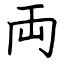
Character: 両